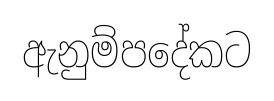
ඇනුම්පදේකට